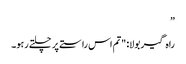
”
راہ گیر بولا: "تم اس راستے پر چلتے رہو۔